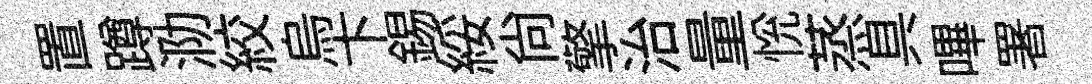
置蹲泐絞烏卞錫綏尚擎治量恱蒸具嗶署